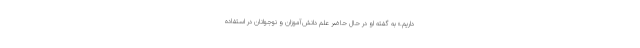
داریم.» به گفته او در حال حاضر علم دانش‌آموزان و نوجوانان در استفاده